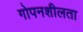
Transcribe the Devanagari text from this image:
गोपनशीलता